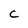
Character: C